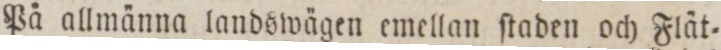
På allmänna landswägen emellan ſtaden och Flät=